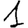
Digit: 1